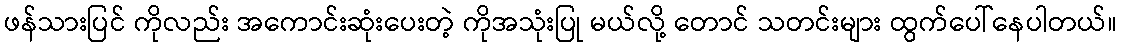
ဖန်သားပြင် ကိုလည်း အကောင်းဆုံးပေးတဲ့ ကိုအသုံးပြု မယ်လို့ တောင် သတင်းများ ထွက်ပေါ်နေပါတယ်။